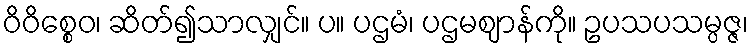
ဝိဝိစ္စေဝ၊ ဆိတ်၍သာလျှင်။ ပ။ ပဌမံ၊ ပဌမဈာန်ကို။ ဥပသပသမ္ပဇ္ဇ၊